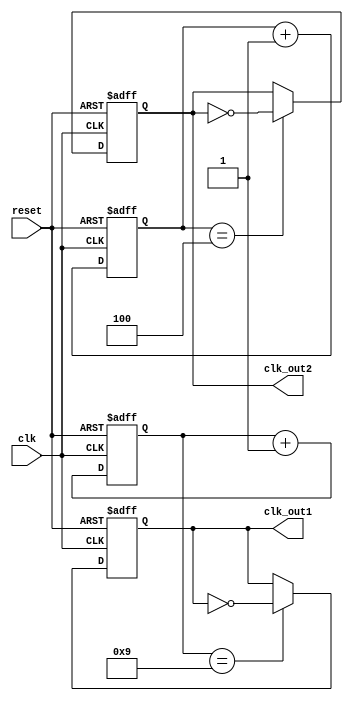
module dual_modulus_clock_divider (
    input wire clk,
    input wire reset,
    output reg clk_out1,
    output reg clk_out2
);

parameter MOD1 = 10; // Division ratio for CLK_OUT1
parameter MOD2 = 5;  // Division ratio for CLK_OUT2

reg [3:0] count1;
reg [2:0] count2;

always @(posedge clk or posedge reset) begin
    if (reset) begin
        count1 <= 4'b0;
        count2 <= 3'b0;
        clk_out1 <= 1'b0;
        clk_out2 <= 1'b0;
    end else begin
        if (count1 == MOD1 - 1) begin
            clk_out1 <= ~clk_out1;
        end
        if (count2 == MOD2 - 1) begin
            clk_out2 <= ~clk_out2;
        end
        count1 <= count1 + 1;
        count2 <= count2 + 1;
    end
end

endmodule